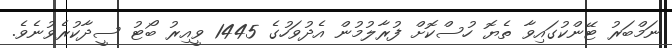
ނަމްބަރު ޓޭންކުގައިވާ ތެޔޮ ހުސްކޮށް ފުރާލުމުން އެދުވަހުގެ 1445 ވީއިރު ބޯޓު ސީދާކުރެވުނެވެ.